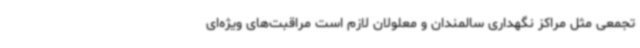
تجمعی مثل مراکز نگهداری سالمندان و معلولان لازم است مراقبت‌های ویژه‌ای